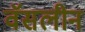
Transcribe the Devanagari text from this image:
वॅसलीन